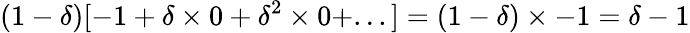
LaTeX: (1-\delta)[-1+\delta\times 0+\delta^{2}\times 0+...]=(1-\delta)\times-1=\delta-1